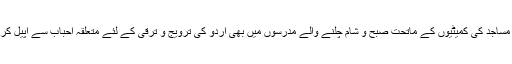
عربی مدارس کے اساتذہ کے تعاون سے تمام عربی مدارس مساجد کی کمیٹیوں کے ماتحت صبح و شام چلنے والے مدرسوں میں بھی اُردو کی ترویج و ترقی کے لئے متعلقہ احباب سے اپیل کرکے اُردو کے نصاب کو بھی پڑھانے کا اہتمام کیا جائے گا۔